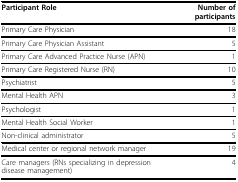
<table><thead><tr><td><b>Participant Role</b></td><td><b>Number of participants</b></td></tr></thead><tbody><tr><td>Primary Care Physician</td><td>18</td></tr><tr><td>Primary Care Physician Assistant</td><td>5</td></tr><tr><td>Primary Care Advanced Practice Nurse (APN)</td><td>1</td></tr><tr><td>Primary Care Registered Nurse (RN)</td><td>10</td></tr><tr><td>Psychiatrist</td><td>5</td></tr><tr><td>Mental Health APN</td><td>3</td></tr><tr><td>Psychologist</td><td>1</td></tr><tr><td>Mental Health Social Worker</td><td>1</td></tr><tr><td>Non-clinical administrator</td><td>5</td></tr><tr><td>Medical center or regional network manager</td><td>19</td></tr><tr><td>Care managers (RNs specializing in depression disease management)</td><td>4</td></tr></tbody></table>